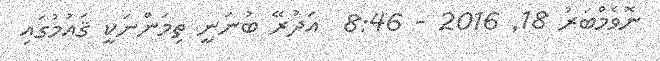
ނޮވެމްބަރު 18